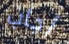
أجاب